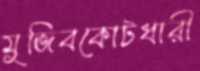
মুজিবকোটধারী